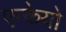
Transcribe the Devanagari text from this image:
एन्केयो